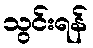
သွင်းရန်